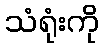
သံရုံးကို